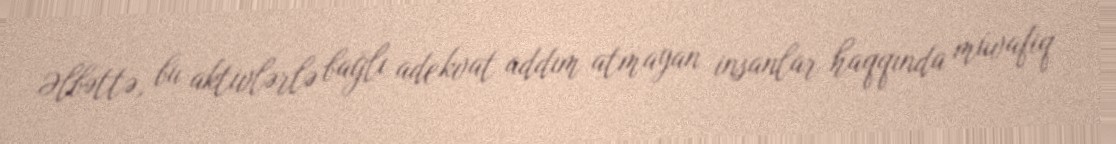
Əlbəttə, bu aktivlərlə bağlı adekvat addım atmayan insanlar haqqında müvafiq